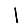
Digit: 1